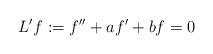
LaTeX: \begin{align*} L'f := f'' + a f' + b f = 0\end{align*}